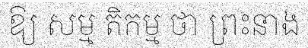
ឱ្យ សម្ម តិកម្ម ថា ព្រះនាង